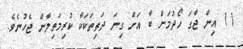
11 އިން ޖާގަ ހޯދުމަށް ބާ އަށް ގިނަ ދަތިތަކަކާ ކުރިމަތިލާން ޖެހުނެވެ.